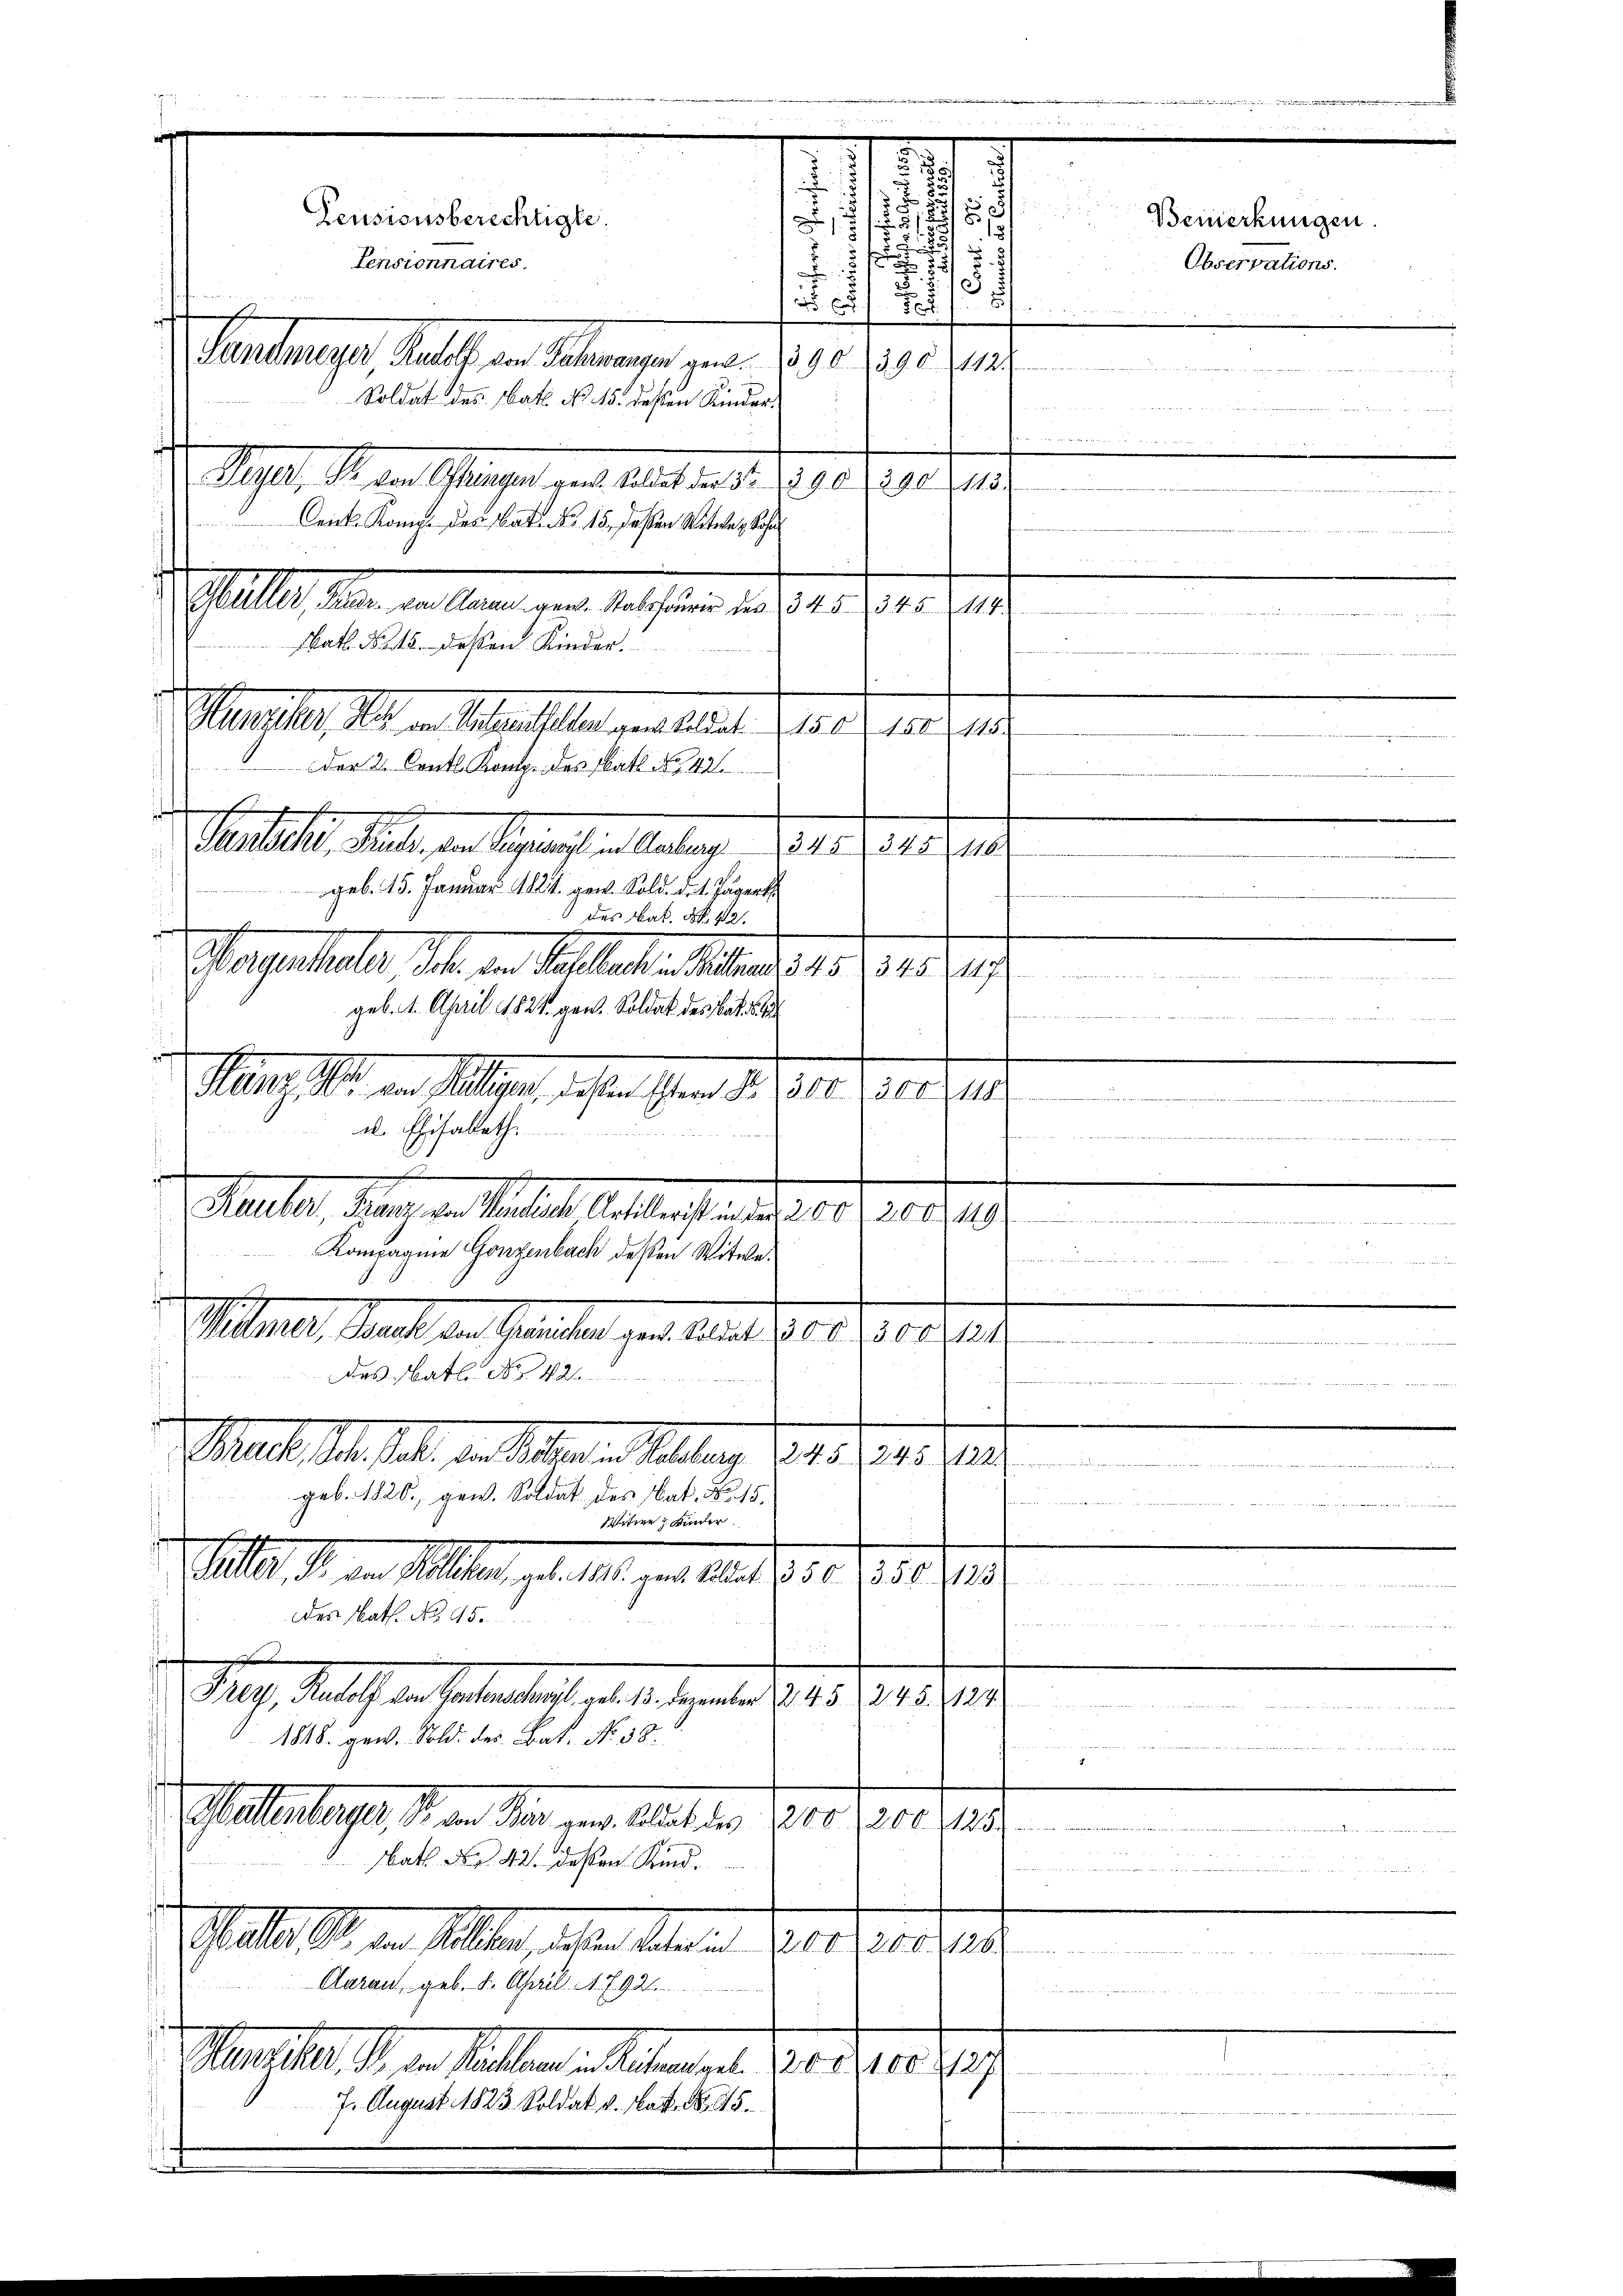
Rauber, Franz von Mantliche Artikerist unter 200 f 200. 19
Kompagnie Ganzenbach dessen Witweesunderten zu wert werden werde werden in werden 1 und er eine
ilmer, Mart der Seiten zur einer 1905. 7500. 191
Das Math. N. 4
Mal. M. dat. d. Allern. Melang 1873/741. 191
un
geb. 1820, gew. Soldat des Nat. No 15.
u
Witwe Kinder
Mt. d. d. Mts. gl. M. v. 1810. 1050 (1517/191.
des Nath. No. 95.
n
 St. Gallen Sachentlich an der einer 1945. 191. 45
1818. gew. Sold. des Bat. No. 38.
Wattentare, S. von Dir ge. Alles den 2000. 2200. 1257
 25 Fuss
Nath No. 42 dessen Kind.
  14 t
Male der in selben, das er haben an 2000. 101. 1
Aarau, geb. 8. April 1792.

Maedler, 18. v. Stellen u. alten, d. 315 f. 1890.
7. August 1823. Soldat v. Matt No 25.

s

u
.
.

.
u
2
83
Pensionsberechtigte.
Bemerkungen
1

.
.
.

Pensionnaires.
Observations.

5
x
45. E
.
Pantmeyer, Rates von Schmungen geb. 1890. 1390 f
Soldat des Bat. No 15. deßen Kinder.
n
un
10., S. der Splügen zu Gunst am 21. 90 f. 71. 71.
.
Crick Komit der Batt No. 15, dassen Witwe, Sohn
denseitherr M. Paris eine
Math. N. 15. deßen Kinder.
 Menscher, da von Semestellen ganteldet. (150 f 120 2115
Der 2. Centl. Komp. des Rath No 142
Suter, Male, an Segnung an Auslage 1831. J. 18. 19
geb. 15. Januar 1824. gen. Sold. d. 1. Jägert
des Nat. N. 112.
argestalt die in Fallele allen d. 155. 1819.

geb. 1. April 1824 gen. Soldat des Bat
Han M. von Willigen, dassen Gern Nr. 1300. 7500 f 10
 dagegen Weise
.
u. Ehesallath.
eise er seien ange

Stelle, den der Manne ange gelesen in der . . . er

e
.